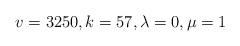
LaTeX: \begin{align*}v = 3250,k = 57,\lambda = 0,\mu = 1\end{align*}